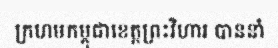
ក្រហមកម្ពុជាខេត្តព្រះវិហារ បាននាំ